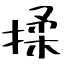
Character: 揉